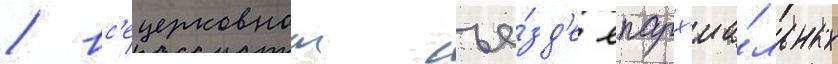
/ вс'ецерковном съе́зд'е епарх'иа́льных